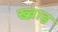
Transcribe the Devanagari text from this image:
ख्व़ाह